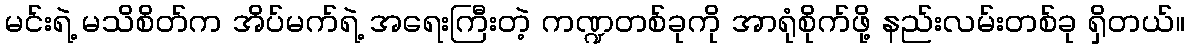
မင်းရဲ့ မသိစိတ်က အိပ်မက်ရဲ့ အရေးကြီးတဲ့ ကဏ္ဍတစ်ခုကို အာရုံစိုက်ဖို့ နည်းလမ်းတစ်ခု ရှိတယ်။